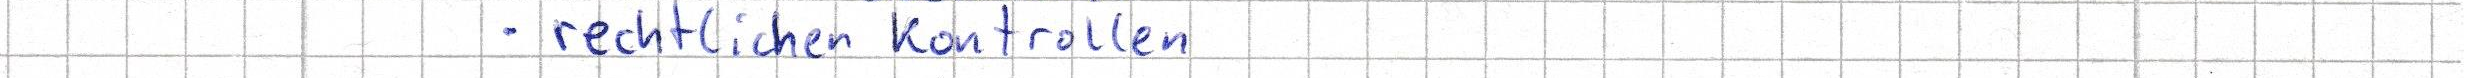
rechtlichen Kontrollen